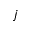
j